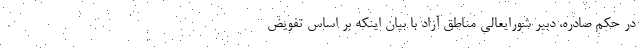
در حکم صادره، دبیر شورایعالی مناطق آزاد با بیان اینکه بر اساس تفویض